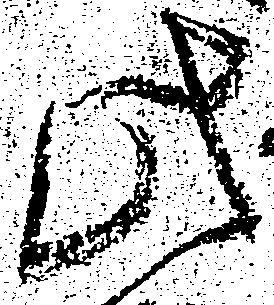
此